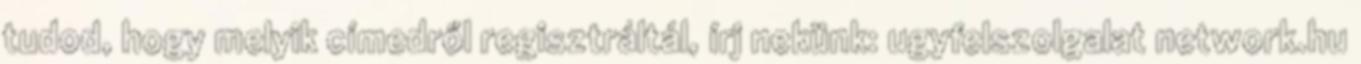
tudod, hogy melyik címedről regisztráltál, írj nekünk: ugyfelszolgalat network.hu